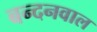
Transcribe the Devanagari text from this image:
बन्दनवाल